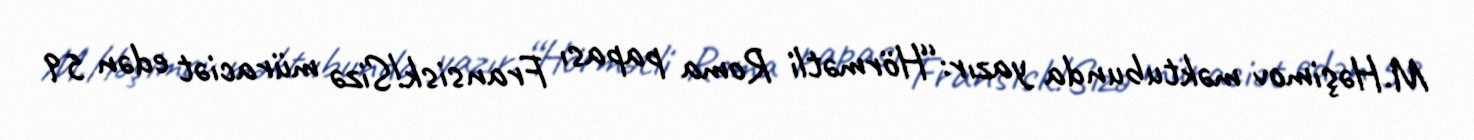
M.Həşimov məktubunda yazır:“Hörmətli Roma papası Fransisk!Sizə müraciət edən 59